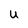
Character: u